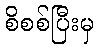
စိစစ်ပြီးမှ